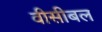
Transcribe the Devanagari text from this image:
वीसीबल